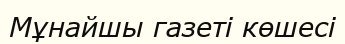
Мұнайшы газеті көшесі